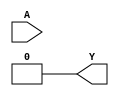
`timescale 1ns/1ps
`celldefine
//
// LUT4 simulation model
// 4-input lookup table (LUT)
//
// Copyright (c) 2023 Rapid Silicon, Inc.  All rights reserved.
//

  
module LUT4 #(
  parameter [15:0] INIT_VALUE = 16'h0000 // 16-bit LUT logic value
) (
  input [3:0] A, // Data Input
  output Y // Data Output
);

  wire [ 7: 0] s3 = A[3] ? INIT_VALUE[15: 8] : INIT_VALUE[ 7: 0];
  wire [ 3: 0] s2 = A[2] ?   s3[ 7: 4] :   s3[ 3: 0];
  wire [ 1: 0] s1 = A[1] ?   s2[ 3: 2] :   s2[ 1: 0];

  assign Y = A[0] ? s1[1] : s1[0];


endmodule
`endcelldefine